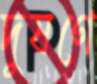
দুষণে